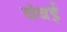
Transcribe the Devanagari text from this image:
बंबर्इ